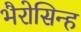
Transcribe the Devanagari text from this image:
भैरोसिन्ह